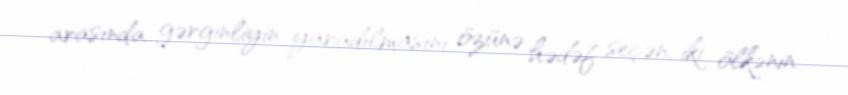
arasında gərginliyin yaradılmasını özünə hədəf seçən, iki ölkənin